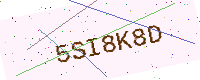
Text: 5SI8K8D